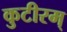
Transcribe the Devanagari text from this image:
कुटीरम्